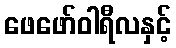
ဖေဖော်ဝါရီလနှင့်